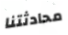
محادثتنا